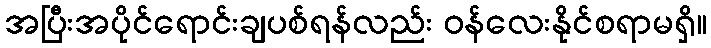
အပြီးအပိုင်ရောင်းချပစ်ရန်လည်း ဝန်လေးနိုင်စရာမရှိ။